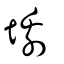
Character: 𡒳